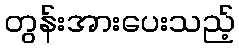
တွန်းအားပေးသည့်